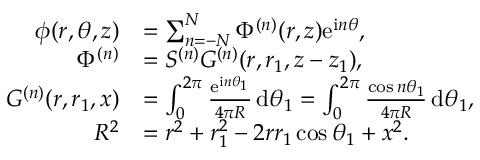
\begin{array} { r l } { \phi ( r , \theta , z ) } & { = \sum _ { n = - N } ^ { N } \Phi ^ { ( n ) } ( r , z ) \mathrm { e } ^ { \mathrm { i } n \theta } , } \\ { \Phi ^ { ( n ) } } & { = S ^ { ( n ) } G ^ { ( n ) } ( r , r _ { 1 } , z - z _ { 1 } ) , } \\ { G ^ { ( n ) } ( r , r _ { 1 } , x ) } & { = \int _ { 0 } ^ { 2 \pi } \frac { \mathrm { e } ^ { \mathrm { i } n \theta _ { 1 } } } { 4 \pi R } \, \mathrm { d } \theta _ { 1 } = \int _ { 0 } ^ { 2 \pi } \frac { \cos n \theta _ { 1 } } { 4 \pi R } \, \mathrm { d } \theta _ { 1 } , } \\ { R ^ { 2 } } & { = r ^ { 2 } + r _ { 1 } ^ { 2 } - 2 r r _ { 1 } \cos \theta _ { 1 } + x ^ { 2 } . } \end{array}